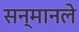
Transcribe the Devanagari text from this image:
सन्मानले